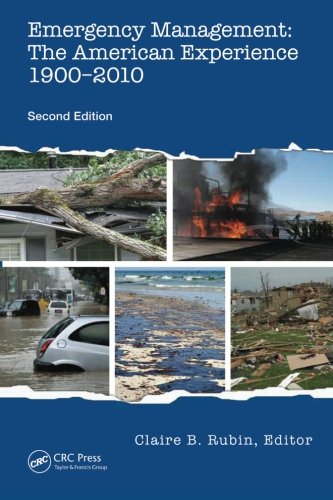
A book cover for Emergency Management: The American Experience 1900-2010, Second Edition; Politics & Social Sciences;